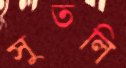
সুতলি